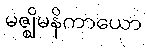
မဇ္ဈိမနိကာယော